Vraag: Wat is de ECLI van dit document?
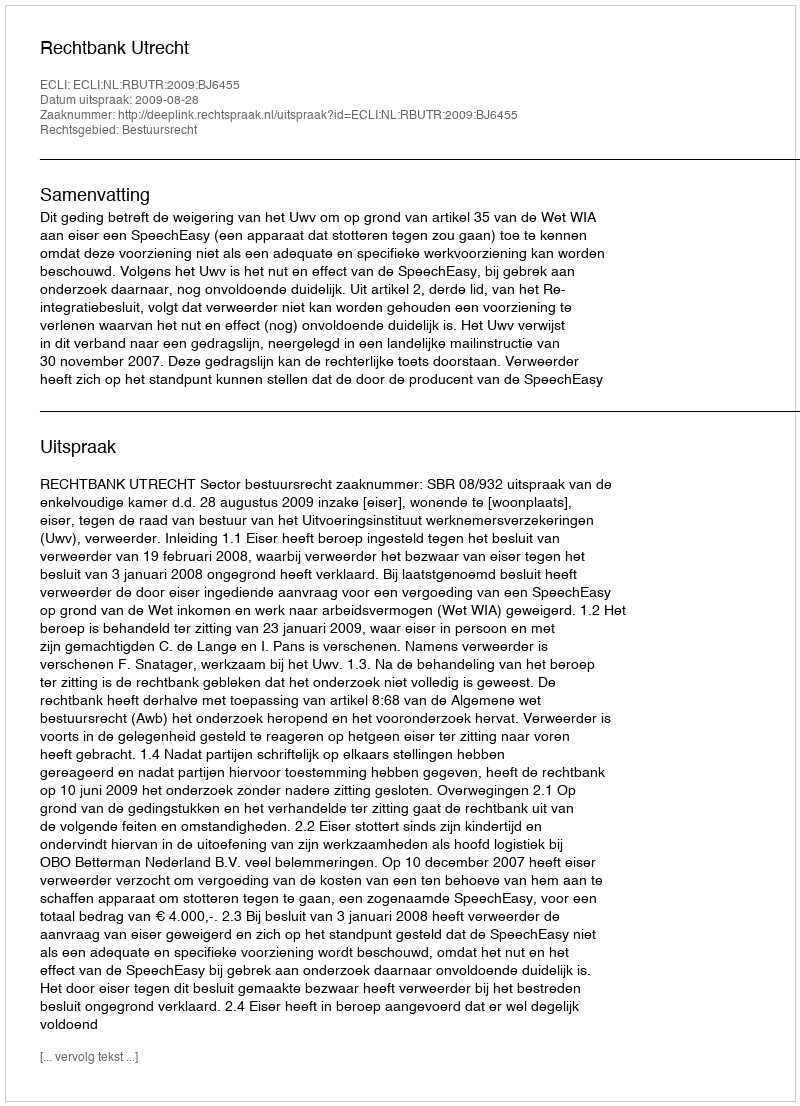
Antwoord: ECLI:NL:RBUTR:2009:BJ6455